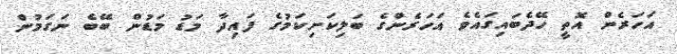
އަހަރެން އޮތީ ހޭދެބައިގައެވެ އަހަރެންގެ ބަލިކަށިކަމުގެ ފައިދާ މަޑު މަޑުން ބޭބެ ނަގަމުން